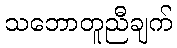
သဘောတူညီချက်